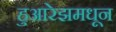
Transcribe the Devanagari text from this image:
हुआरेझमधून